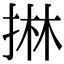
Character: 㨆